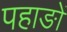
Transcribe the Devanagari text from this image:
पहाङों